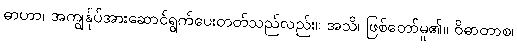
ဓာဟာ၊ အကျွန်ုပ်အားဆောင်ရွက်ပေးတတ်သည်လည်း။ အသိ၊ ဖြစ်တော်မူ၏။ ဝိဓာတာစ၊